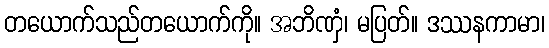
တယောက်သည်တယောက်ကို။ အဘိဏှံ၊ မပြတ်။ ဒဿနကာမာ၊